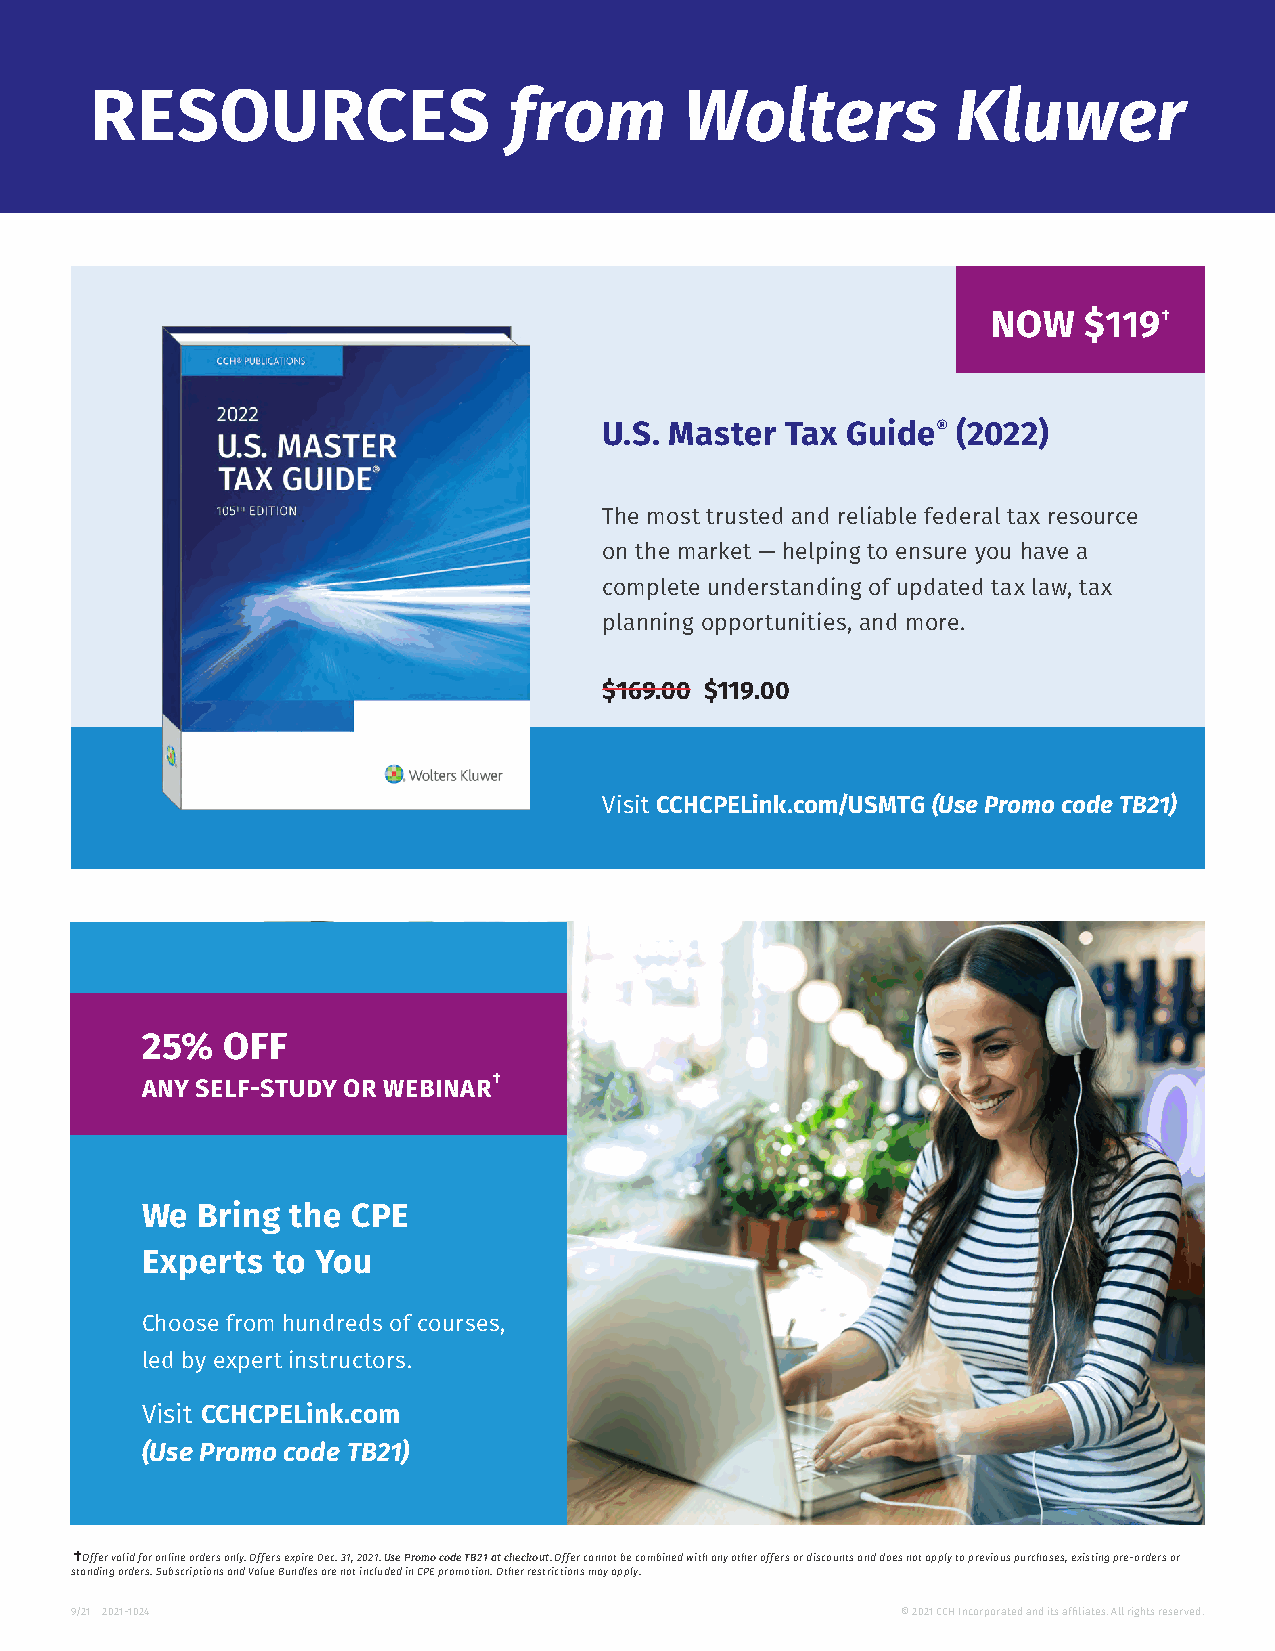
RESOURCES                   from       Wolters           Kluwer
 Prepare   for the Impact   of Tax Reform   with  These  Resources:
 NOW   $119 †
 U.S. Master Tax Guide® (2022)
 The most trusted and reliable federal tax resource
 on the market — helping to ensure you have a
 complete understanding of updated tax law, tax
 planning opportunities, and more.
 $169.00 $119.00
 Visit CCHCPELink.com/USMTG (Use Promo code TB21)
 25%   OFF
 †
 ANY SELF-STUDY OR WEBINAR
 We  Bring the CPE
 Experts  to You
 Choose from hundreds of courses,
 led by expert instructors.
 Visit CCHCPELink.com
 (Use Promo code TB21)
 † Offer valid for online orders only. Offers expire Dec. 31, 2021. Use Promo code TB21 at checkout. Offer cannot be combined with any other offers or discounts and does not apply to previous purchases, existing pre-orders or
 standing orders. Subscriptions and Value Bundles are not included in CPE promotion. Other restrictions may apply.
 9/21 2021-1024                                         © 2021 CCH Incorporated and its affiliates. All rights reserved.